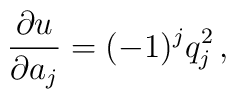
{\partial u\over \partial a_j}= (-1)^j q_j^2\, ,